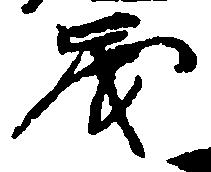
歳